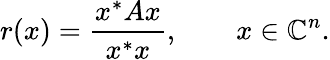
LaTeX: r(x)={\frac{x^{*}Ax}{x^{*}x}},\qquad x\in\mathbb{C}^{n}.